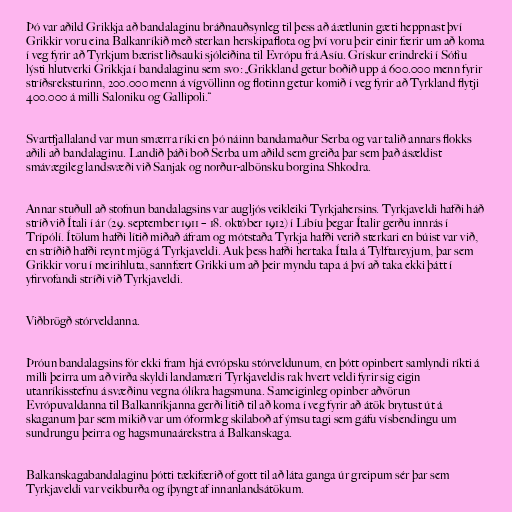
Þó var aðild Grikkja að bandalaginu bráðnauðsynleg til þess að áætlunin gæti heppnast því
Grikkir voru eina Balkanríkið með sterkan herskipaflota og því voru þeir einir færir um að koma
í veg fyrir að Tyrkjum bærist liðsauki sjóleiðina til Evrópu frá Asíu. Grískur erindreki í Sófíu
lýsti hlutverki Grikkja í bandalaginu sem svo: „Grikkland getur boðið upp á 600.000 menn fyrir
stríðsreksturinn, 200.000 menn á vígvöllinn og flotinn getur komið í veg fyrir að Tyrkland flytji
400.000 á milli Saloniku og Gallipoli.“

Svartfjallaland var mun smærra ríki en þó náinn bandamaður Serba og var talið annars flokks
aðili að bandalaginu. Landið þáði boð Serba um aðild sem greiða þar sem það ásældist
smávægileg landsvæði við Sanjak og norður-albönsku borgina Shkodra.

Annar stuðull að stofnun bandalagsins var augljós veikleiki Tyrkjahersins. Tyrkjaveldi hafði háð
stríð við Ítali í ár (29. september 1911 – 18. október 1912) í Líbíu þegar Ítalir gerðu innrás í
Trípólí. Ítölum hafði lítið miðað áfram og mótstaða Tyrkja hafði verið sterkari en búist var við,
en stríðið hafði reynt mjög á Tyrkjaveldi. Auk þess hafði hertaka Ítala á Tylftareyjum, þar sem
Grikkir voru í meirihluta, sannfært Grikki um að þeir myndu tapa á því að taka ekki þátt í
yfirvofandi stríði við Tyrkjaveldi.

Viðbrögð stórveldanna.

Þróun bandalagsins fór ekki fram hjá evrópsku stórveldunum, en þótt opinbert samlyndi ríkti á
milli þeirra um að virða skyldi landamæri Tyrkjaveldis rak hvert veldi fyrir sig eigin
utanríkisstefnu á svæðinu vegna ólíkra hagsmuna. Sameiginleg opinber aðvörun
Evrópuvaldanna til Balkanríkjanna gerði lítið til að koma í veg fyrir að átök brytust út á
skaganum þar sem mikið var um óformleg skilaboð af ýmsu tagi sem gáfu vísbendingu um
sundrungu þeirra og hagsmunaárekstra á Balkanskaga.

Balkanskagabandalaginu þótti tækifærið of gott til að láta ganga úr greipum sér þar sem
Tyrkjaveldi var veikburða og íþyngt af innanlandsátökum.